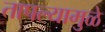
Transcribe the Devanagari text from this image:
तापल्यामुळे